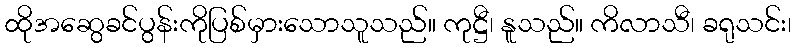
ထိုအဆွေခင်ပွန်းကိုပြစ်မှားသောသူသည်။ ကုဋ္ဌီ၊ နူသည်။ ကိလာသီ၊ ခရုသင်း၊